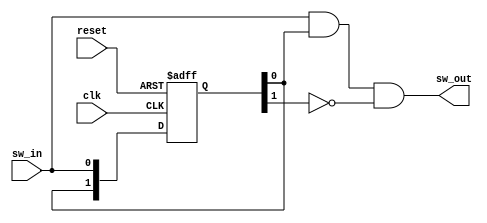
`timescale 1ns / 1ps
//////////////////////////////////////////////////////////////////////////////////
// Company: 
// Engineer: 
// 
// Design Name: 
// Module Name:    key_detector 
// Project Name: 
// Target Devices: 
// Tool versions: 
// Description: 
//
// Dependencies: 
//
// Revision: 
// Revision 0.01 - File Created
// Additional Comments: 
//
//////////////////////////////////////////////////////////////////////////////////
module key_detector(
  input clk, reset, 
  input sw_in, 
  output sw_out
);

reg [1:0] sample;

always @(posedge clk or posedge reset)
  if (reset) sample <= 0;
  else begin
    sample[1] <= sample[0];
    sample[0] <= sw_in;
  end

assign sw_out = (sw_in & sample[0]) & (~sample[1]);

endmodule